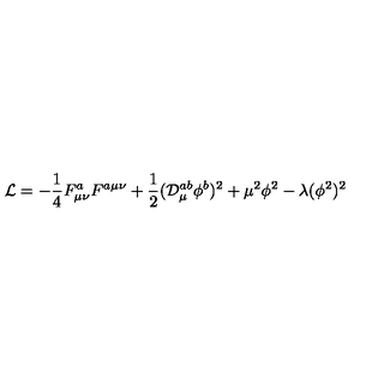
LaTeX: { \cal L } = - \frac { 1 } { 4 } F _ { \mu \nu } ^ { a } F ^ { a \mu \nu } + \frac { 1 } { 2 } ( { \cal D } _ { \mu } ^ { a b } \phi ^ { b } ) ^ { 2 } + \mu ^ { 2 } \phi ^ { 2 } - \lambda ( \phi ^ { 2 } ) ^ { 2 }